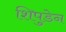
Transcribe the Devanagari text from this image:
शिपुडेन